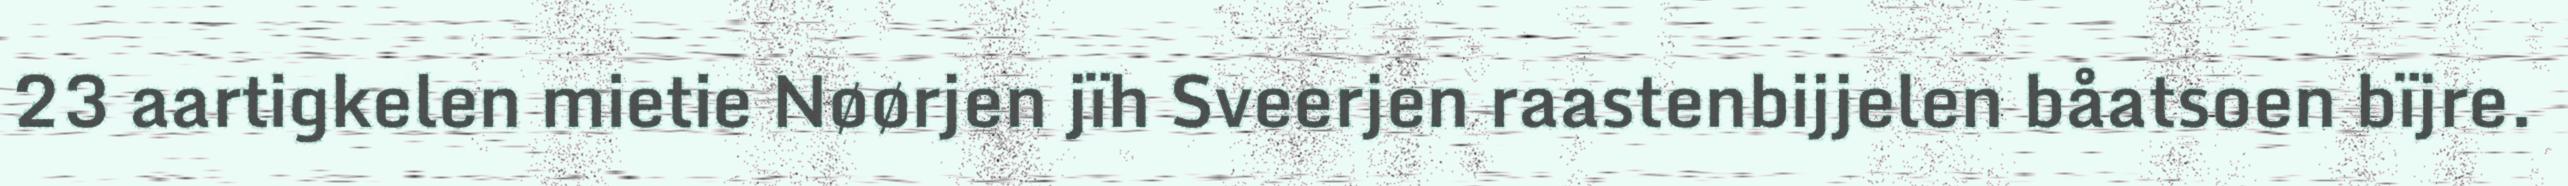
23 aartigkelen mietie Nøørjen jïh Sveerjen raastenbijjelen båatsoen bïjre.